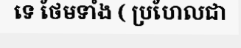
ទេ ថែមទាំង ( ប្រហែលជា